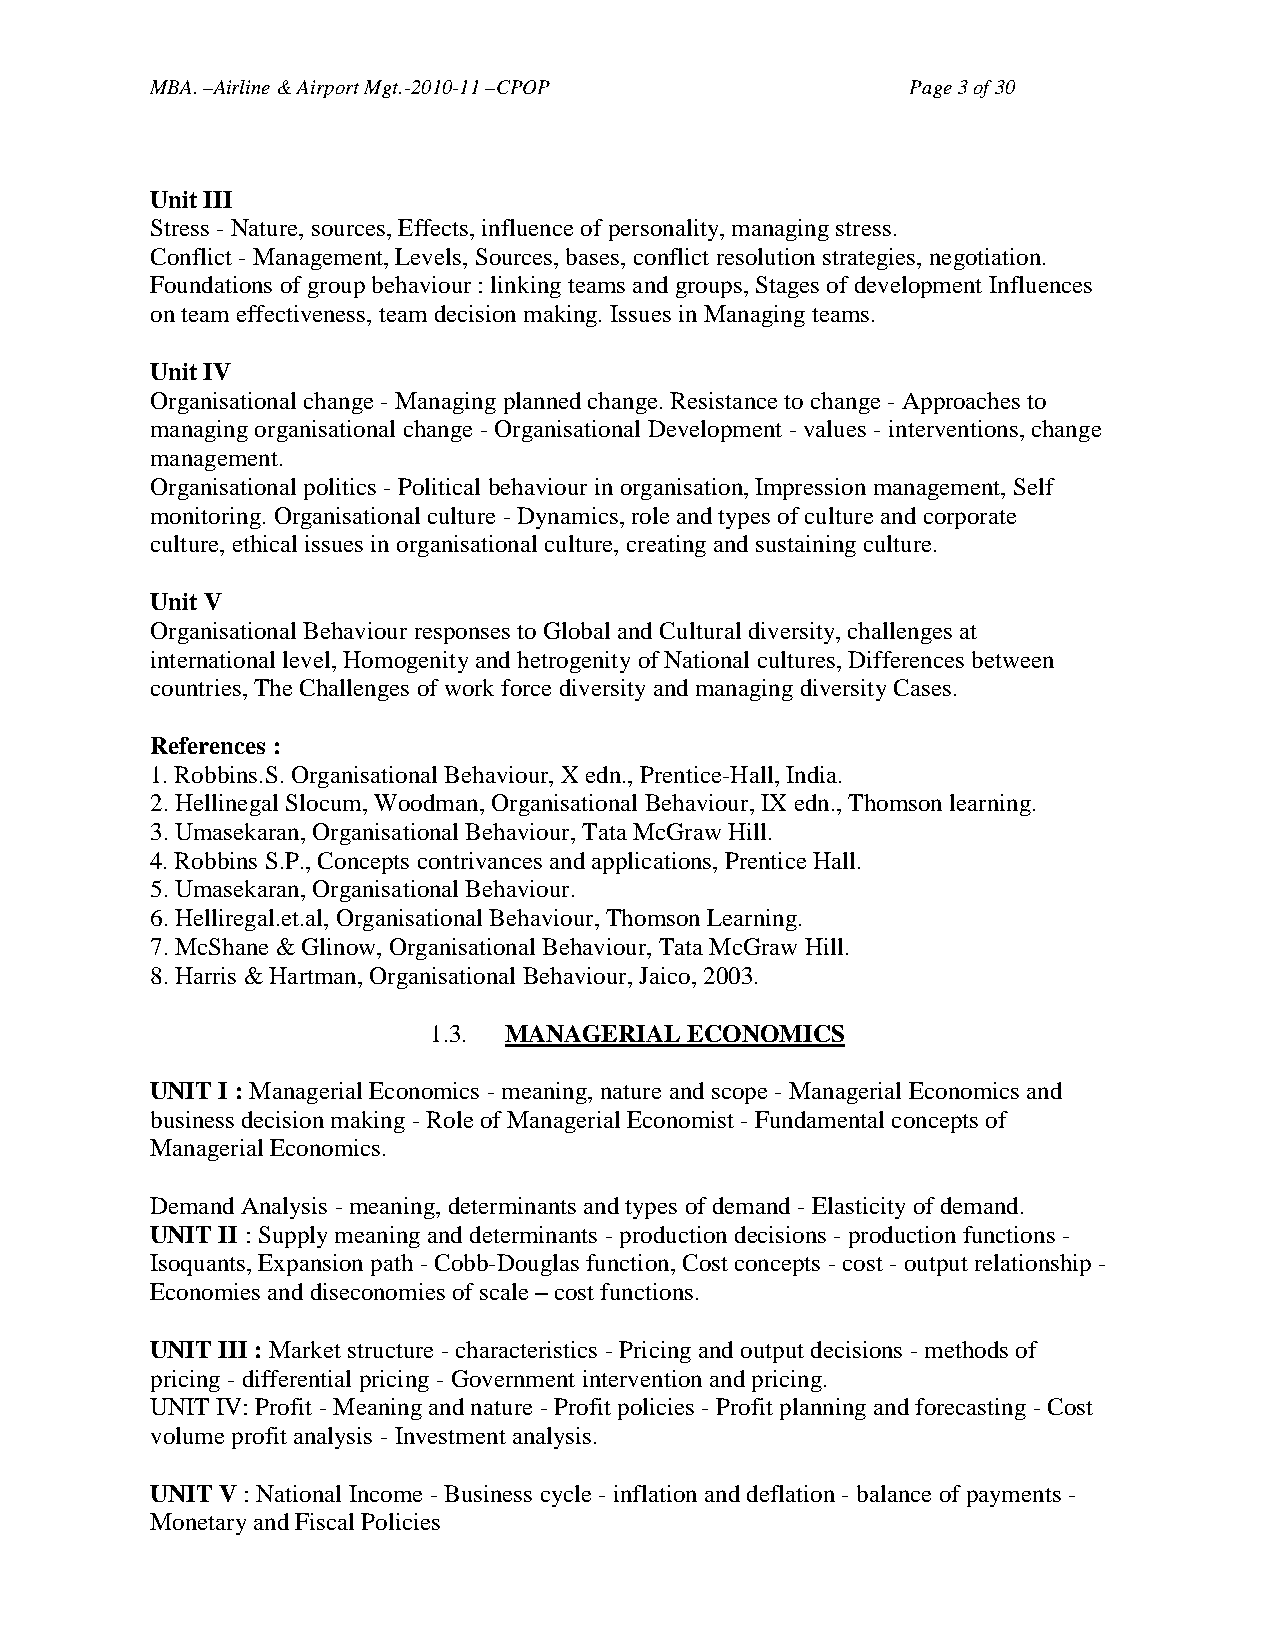
MBA. –Airline & Airport Mgt.-2010-11 –CPOP        Page 3 of 30
 Unit III
 Stress - Nature, sources, Effects, influence of personality, managing stress.
 Conflict - Management, Levels, Sources, bases, conflict resolution strategies, negotiation.
 Foundations of group behaviour : linking teams and groups, Stages of development Influences
 on team effectiveness, team decision making. Issues in Managing teams.
 Unit IV
 Organisational change - Managing planned change. Resistance to change - Approaches to
 managing organisational change - Organisational Development - values - interventions, change
 management.
 Organisational politics - Political behaviour in organisation, Impression management, Self
 monitoring. Organisational culture - Dynamics, role and types of culture and corporate
 culture, ethical issues in organisational culture, creating and sustaining culture.
 Unit V
 Organisational Behaviour responses to Global and Cultural diversity, challenges at
 international level, Homogenity and hetrogenity of National cultures, Differences between
 countries, The Challenges of work force diversity and managing diversity Cases.
 References :
 1. Robbins.S. Organisational Behaviour, X edn., Prentice-Hall, India.
 2. Hellinegal Slocum, Woodman, Organisational Behaviour, IX edn., Thomson learning.
 3. Umasekaran, Organisational Behaviour, Tata McGraw Hill.
 4. Robbins S.P., Concepts contrivances and applications, Prentice Hall.
 5. Umasekaran, Organisational Behaviour.
 6. Helliregal.et.al, Organisational Behaviour, Thomson Learning.
 7. McShane & Glinow, Organisational Behaviour, Tata McGraw Hill.
 8. Harris & Hartman, Organisational Behaviour, Jaico, 2003.
 1.3. MANAGERIAL   ECONOMICS
 UNIT I : Managerial Economics - meaning, nature and scope - Managerial Economics and
 business decision making - Role of Managerial Economist - Fundamental concepts of
 Managerial Economics.
 Demand Analysis - meaning, determinants and types of demand - Elasticity of demand.
 UNIT II : Supply meaning and determinants - production decisions - production functions -
 Isoquants, Expansion path - Cobb-Douglas function, Cost concepts - cost - output relationship -
 Economies and diseconomies of scale – cost functions.
 UNIT III : Market structure - characteristics - Pricing and output decisions - methods of
 pricing - differential pricing - Government intervention and pricing.
 UNIT IV: Profit - Meaning and nature - Profit policies - Profit planning and forecasting - Cost
 volume profit analysis - Investment analysis.
 UNIT V : National Income - Business cycle - inflation and deflation - balance of payments -
 Monetary and Fiscal Policies